system: You are a helpful assistant.
user:
Analyze the provided spectrum to determine if it is a **Carbon Star (C-type)**.

- **Key Visual Indicators of Carbon Star:**
    - **(Primary):** Strong molecular absorption from **C₂ (diatomic carbon) "Swan Bands."** This is the **defining feature** of a carbon star.
        - **(Key Bandheads):** Sharp absorption edges are visible at approximately $5635$ Å, $5165$ Å (the strongest band), and $4737$ Å.
        - **(Line Profile):** Creates a distinct **"saw-tooth"** pattern. The key morphology is a sharp, steep bandhead on the **red (long-wavelength) side**, which then gradually tapers off (i.e., flux recovers) towards the **blue (short-wavelength) side**. *(This is the direct opposite of the TiO bands seen in M-type stars)*.

    - **(Secondary):** Intense **CN (cyanogen)** molecular absorption bands.
        - **(Key Bandheads):** Located in the blue and violet regions of the spectrum (e.g., near $4215$ Å and $3883$ Å).
        - **(Morphology):** These bands are extremely broad and act as a "blanket," absorbing the vast majority of blue and violet light. This creates a characteristic **"cliff"** or **"steep drop-off"** in the spectrum's flux at short wavelengths.

    - **(Key Confirmation):** Strong **CH absorption band (G-band)**.
        - **(Key Bandhead):** Located around $4300$ Å. The contribution from CH molecules to this band is exceptionally strong.

    - **(Overall Spectrum):**
        - The continuum is severely "chopped up" by these deep molecular bands, especially C₂, rather than appearing as a smooth curve.
        - Due to the heavy CN and C₂ absorption in the blue-green, the vast majority of the star's flux is concentrated in the red part of the spectrum, giving the star its characteristic deep red color.

Think first, call **spectral_visualization_tool** if needed to examine features in detail, then provide your final answer. Your response must adhere to the following strict rules:
1.  **Overall Structure:** Your response must follow the format `<think>...</think> <tool_call>...</tool_call> (if a tool is used) <answer>...</answer>`.
2.  **Tool Usage Constraint:** You may only make **one** tool call per turn.
3.  **Final Answer Format:** In the `<answer>` tag, your conclusion must be inside a `\boxed{}` command (e.g., `\boxed{YES}`), followed by your justification.

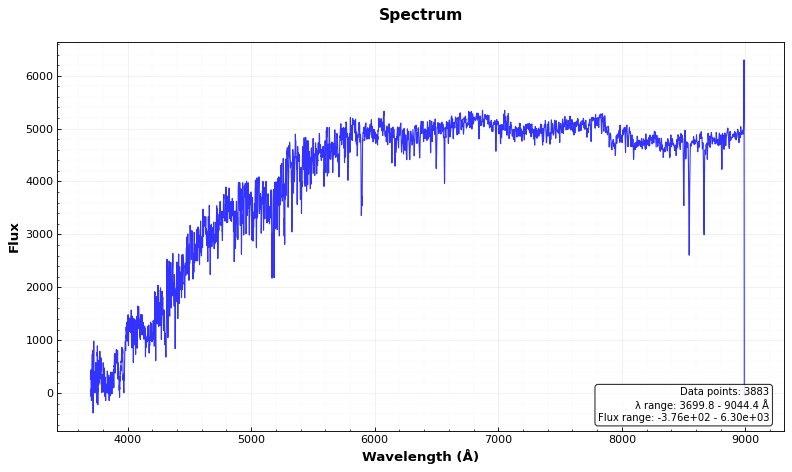
Answer: NO